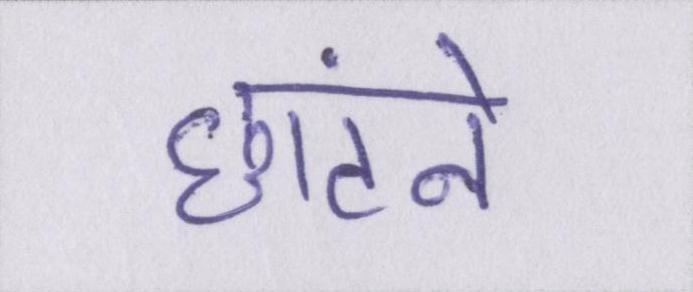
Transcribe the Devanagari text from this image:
छांटने